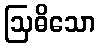
ဩဓိသော